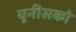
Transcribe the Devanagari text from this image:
युनीसको